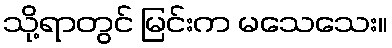
သို့ရာတွင် မြင်းက မသေသေး။